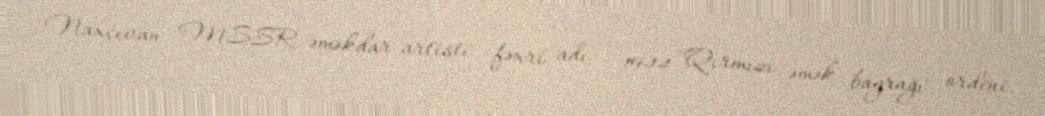
"Naxçıvan MSSR əməkdar artisti" fəxri adı — 1944 "Qırmızı əmək bayrağı" ordeni.